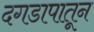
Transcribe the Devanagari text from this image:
दगडापातून